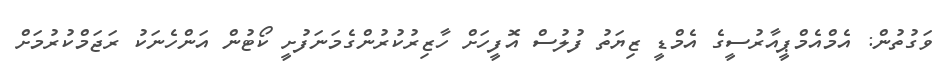
ވަގުތުން: އެމްއެމްޕީއާރުސީގެ އެމްޑީ ޒިޔަތު ފުލުސް އޮފީހަށް ހާޒިރުކުރުންގެމަނަފުށީ ކޯޓުން އަންހެނަކު ރަޖަމްކުރުމަށް